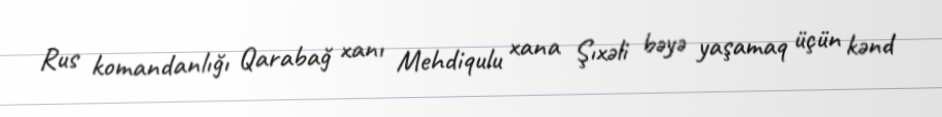
Rus komandanlığı Qarabağ xanı Mehdiqulu xana Şıxəli bəyə yaşamaq üçün kənd